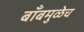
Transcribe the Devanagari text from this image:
बाँबमुळेच